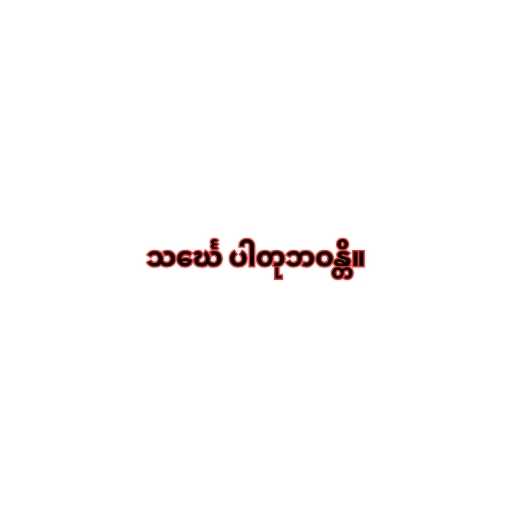
သင်္ဃေ ပါတုဘဝန္တိ။